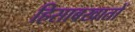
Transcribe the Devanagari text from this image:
हिसाबखातों